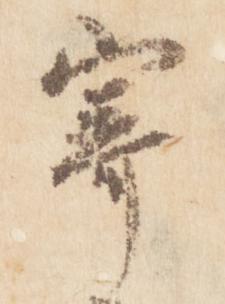
寄